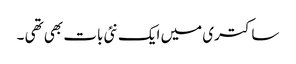
ساکتری میں ایک نئی بات بھی تھی ۔